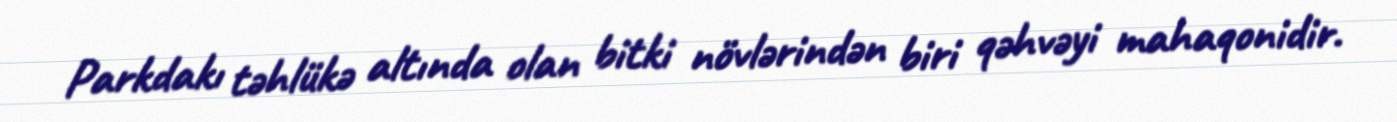
Parkdakı təhlükə altında olan bitki növlərindən biri qəhvəyi mahaqonidir.